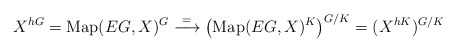
\begin{align*}X^{hG} = \mathrm{Map}(EG, X)^G \overset{=}{\longrightarrow} \bigl(\mathrm{Map}(EG, X)^K\bigr)^{G/K} = (X^{hK})^{G/K}\end{align*}